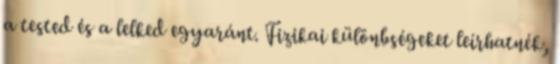
a tested és a lelked egyaránt. Fizikai különbségeket leírhatnék,